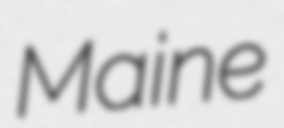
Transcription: Maine